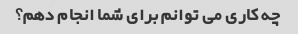
چه کاری می توانم برای شما انجام دهم؟